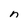
Character: n